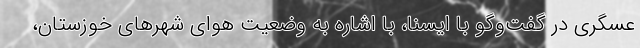
عسگری در گفت‌وگو با ایسنا، با اشاره به وضعیت هوای شهرهای خوزستان،